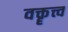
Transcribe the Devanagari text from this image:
वक्तॄत्त्व